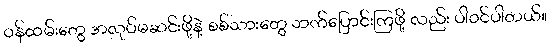
ဝန်ထမ်းတွေ အလုပ်မဆင်းဖို့နဲ့ စစ်သားတွေ ဘက်ပြောင်းကြဖို့ လည်း ပါဝင်ပါတယ်။